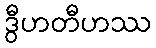
ဒွီဟတီဟဿ